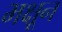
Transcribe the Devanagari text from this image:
भक्षून